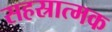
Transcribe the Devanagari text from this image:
सहस्रात्मक